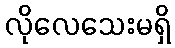
လိုလေသေးမရှိ